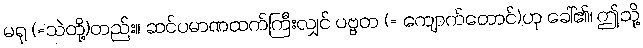
မရု (=သဲတို့)တည်း။ ဆင်ပမာဏထက်ကြီးလျှင် ပဗ္ဗတ (= ကျောက်တောင်)ဟု ခေါ်၏၊ ဤသို့